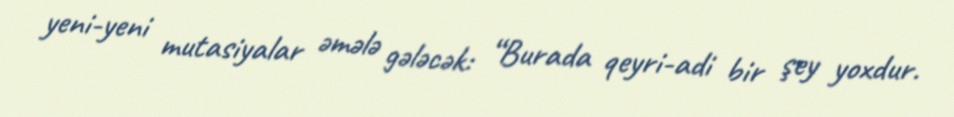
yeni-yeni mutasiyalar əmələ gələcək: “Burada qeyri-adi bir şey yoxdur.